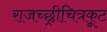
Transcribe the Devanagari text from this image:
राजच्छ्रीचित्रकूट